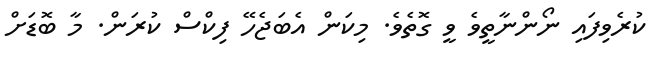
ކުރެވިފައި ނޯންނާތީވެ ވީ ގޮތެވެ. މިކަން އެބަޖެހޭ ފިކްސް ކުރަން. މާ ބޮޑަށް